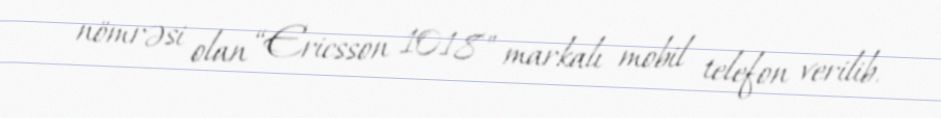
nömrəsi olan “Ericsson 1018" markalı mobil telefon verilib.